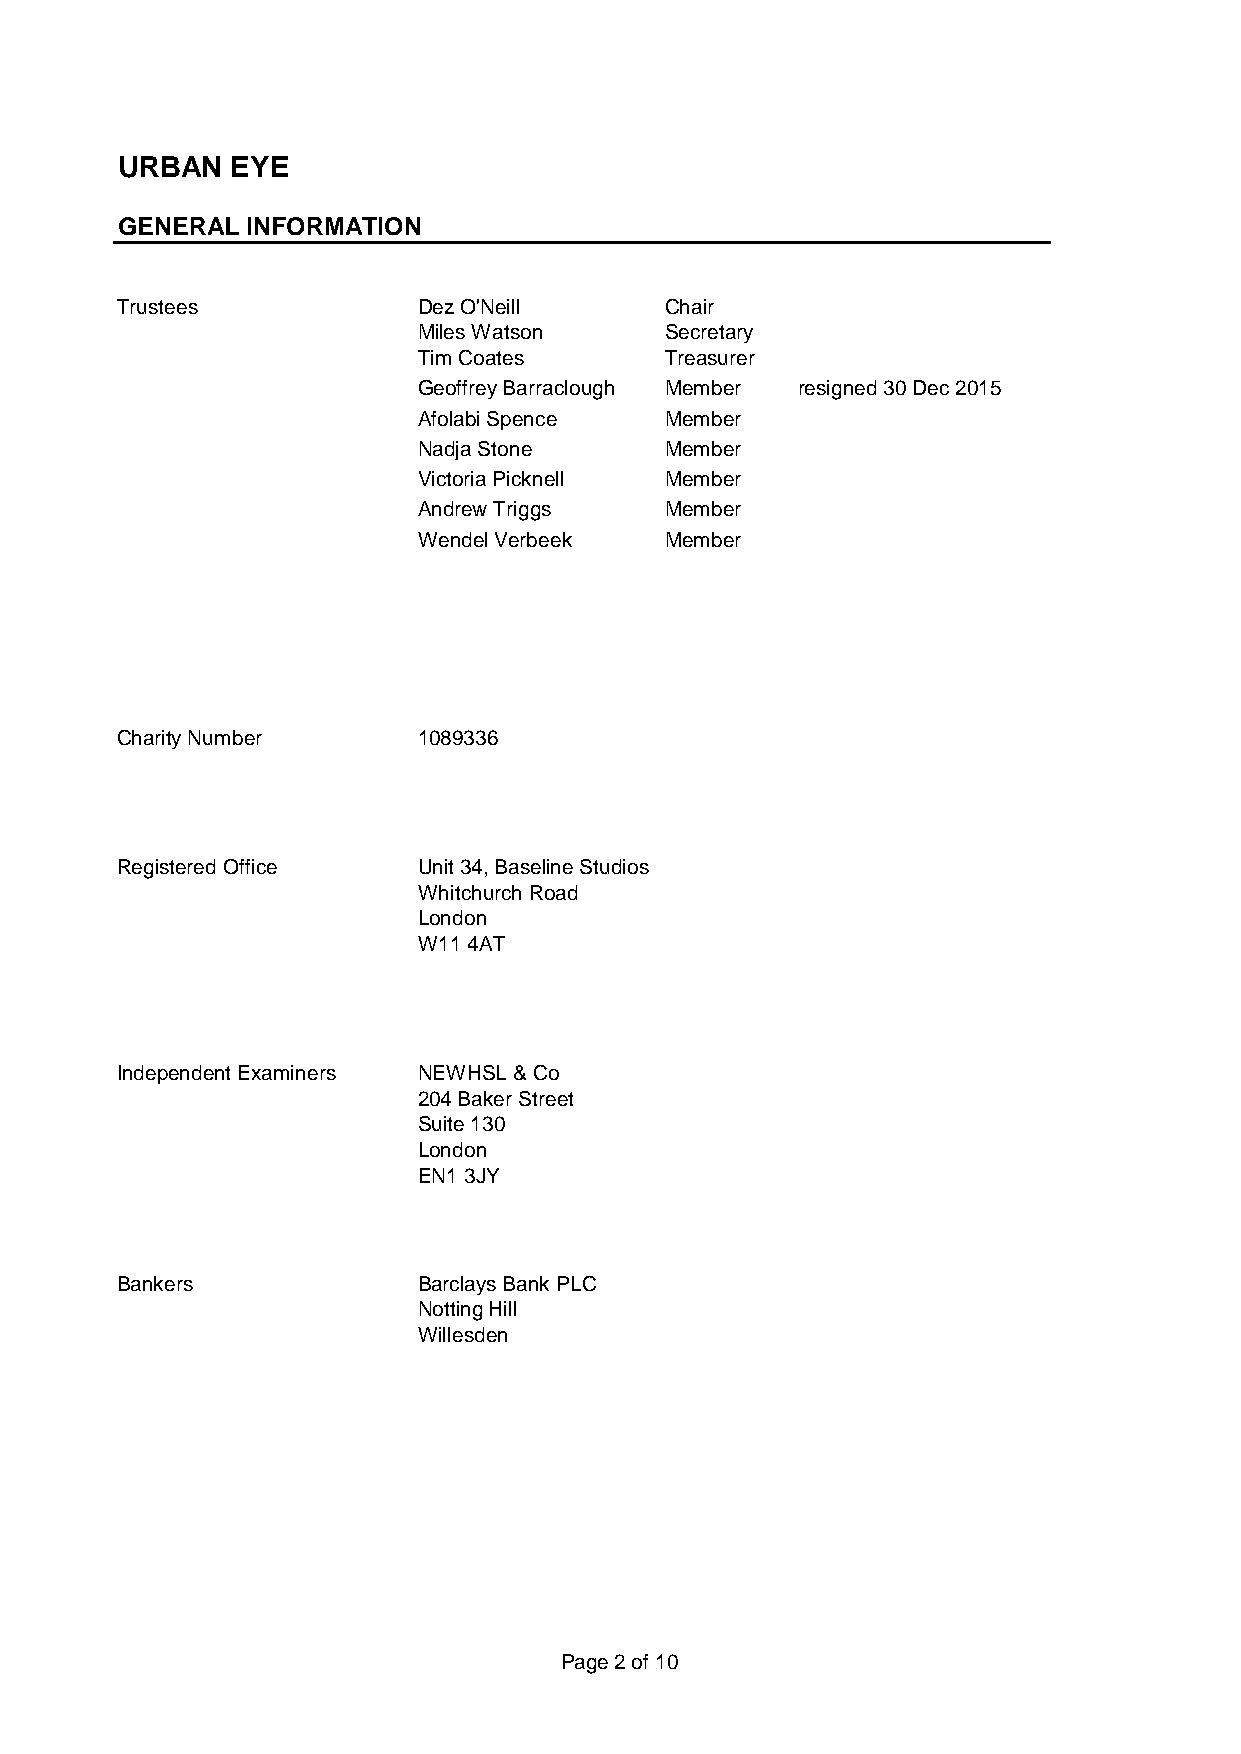
URBAN  EYE
 GENERAL INFORMATION
 Trustees            Dez O'Neill     Chair
 Miles Watson    Secretary
 Tim Coates      Treasurer
 Geoffrey Barraclough Member resigned 30 Dec 2015
 Afolabi Spence  Member
 Nadja Stone     Member
 Victoria Picknell Member
 Andrew Triggs   Member
 Wendel Verbeek  Member
 Charity Number      1089336
 Registered Office   Unit 34, Baseline Studios
 Whitchurch Road
 London
 W11 4AT
 Independent Examiners NEWHSL & Co
 204 Baker Street
 Suite 130
 London
 EN1 3JY
 Bankers             Barclays Bank PLC
 Notting Hill
 Willesden
 Page 2 of 10